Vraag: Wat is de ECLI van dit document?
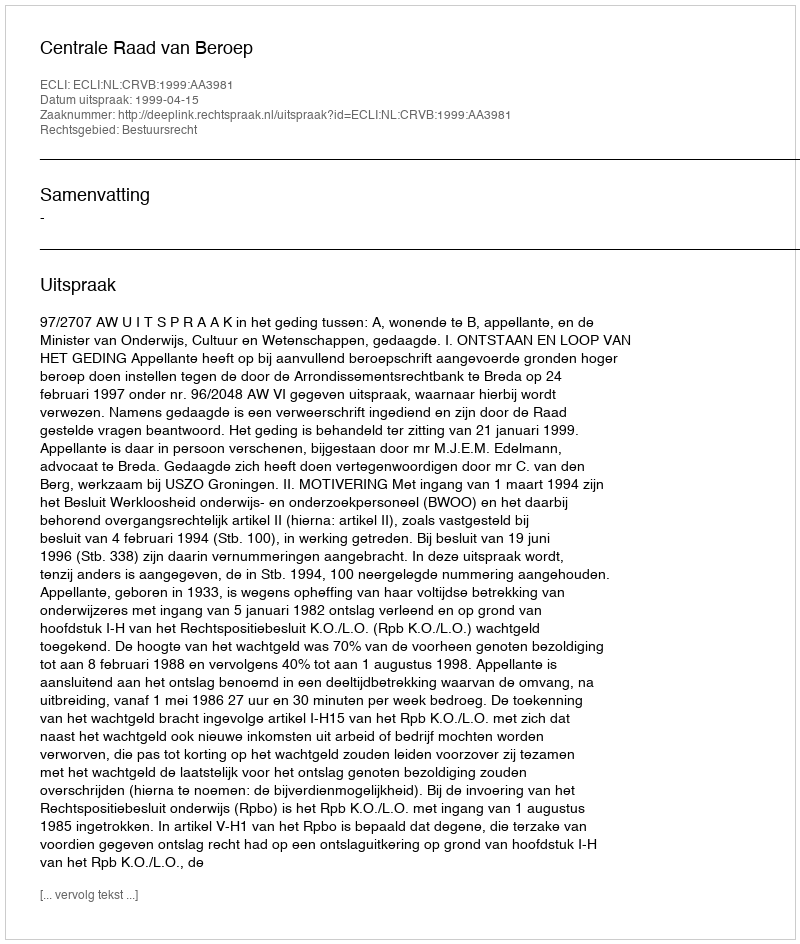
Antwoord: ECLI:NL:CRVB:1999:AA3981